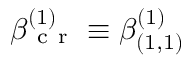
\beta _ { \mathrm { ~ c ~ r ~ } } ^ { ( 1 ) } \equiv \beta _ { ( 1 , 1 ) } ^ { ( 1 ) }